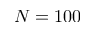
N = 1 0 0